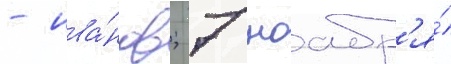
- ива́нов; 7 ноабр'я́